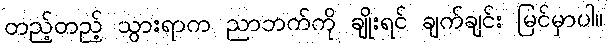
တည့်တည့် သွားရာက ညာဘက်ကို ချိုးရင် ချက်ချင်း မြင်မှာပါ။